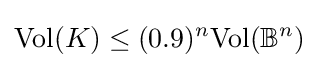
{\text{Vol}}(K)\leq (0.9)^{n}{\text{Vol}}(\mathbb {B} ^{n})